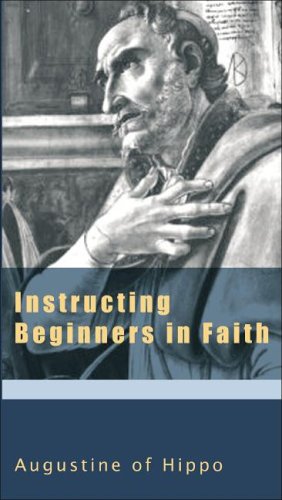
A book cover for Instructing Beginners in Faith (The Augustine Series) (v. 5); Christian Books & Bibles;